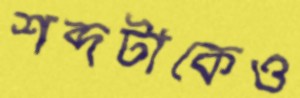
শব্দটাকেও